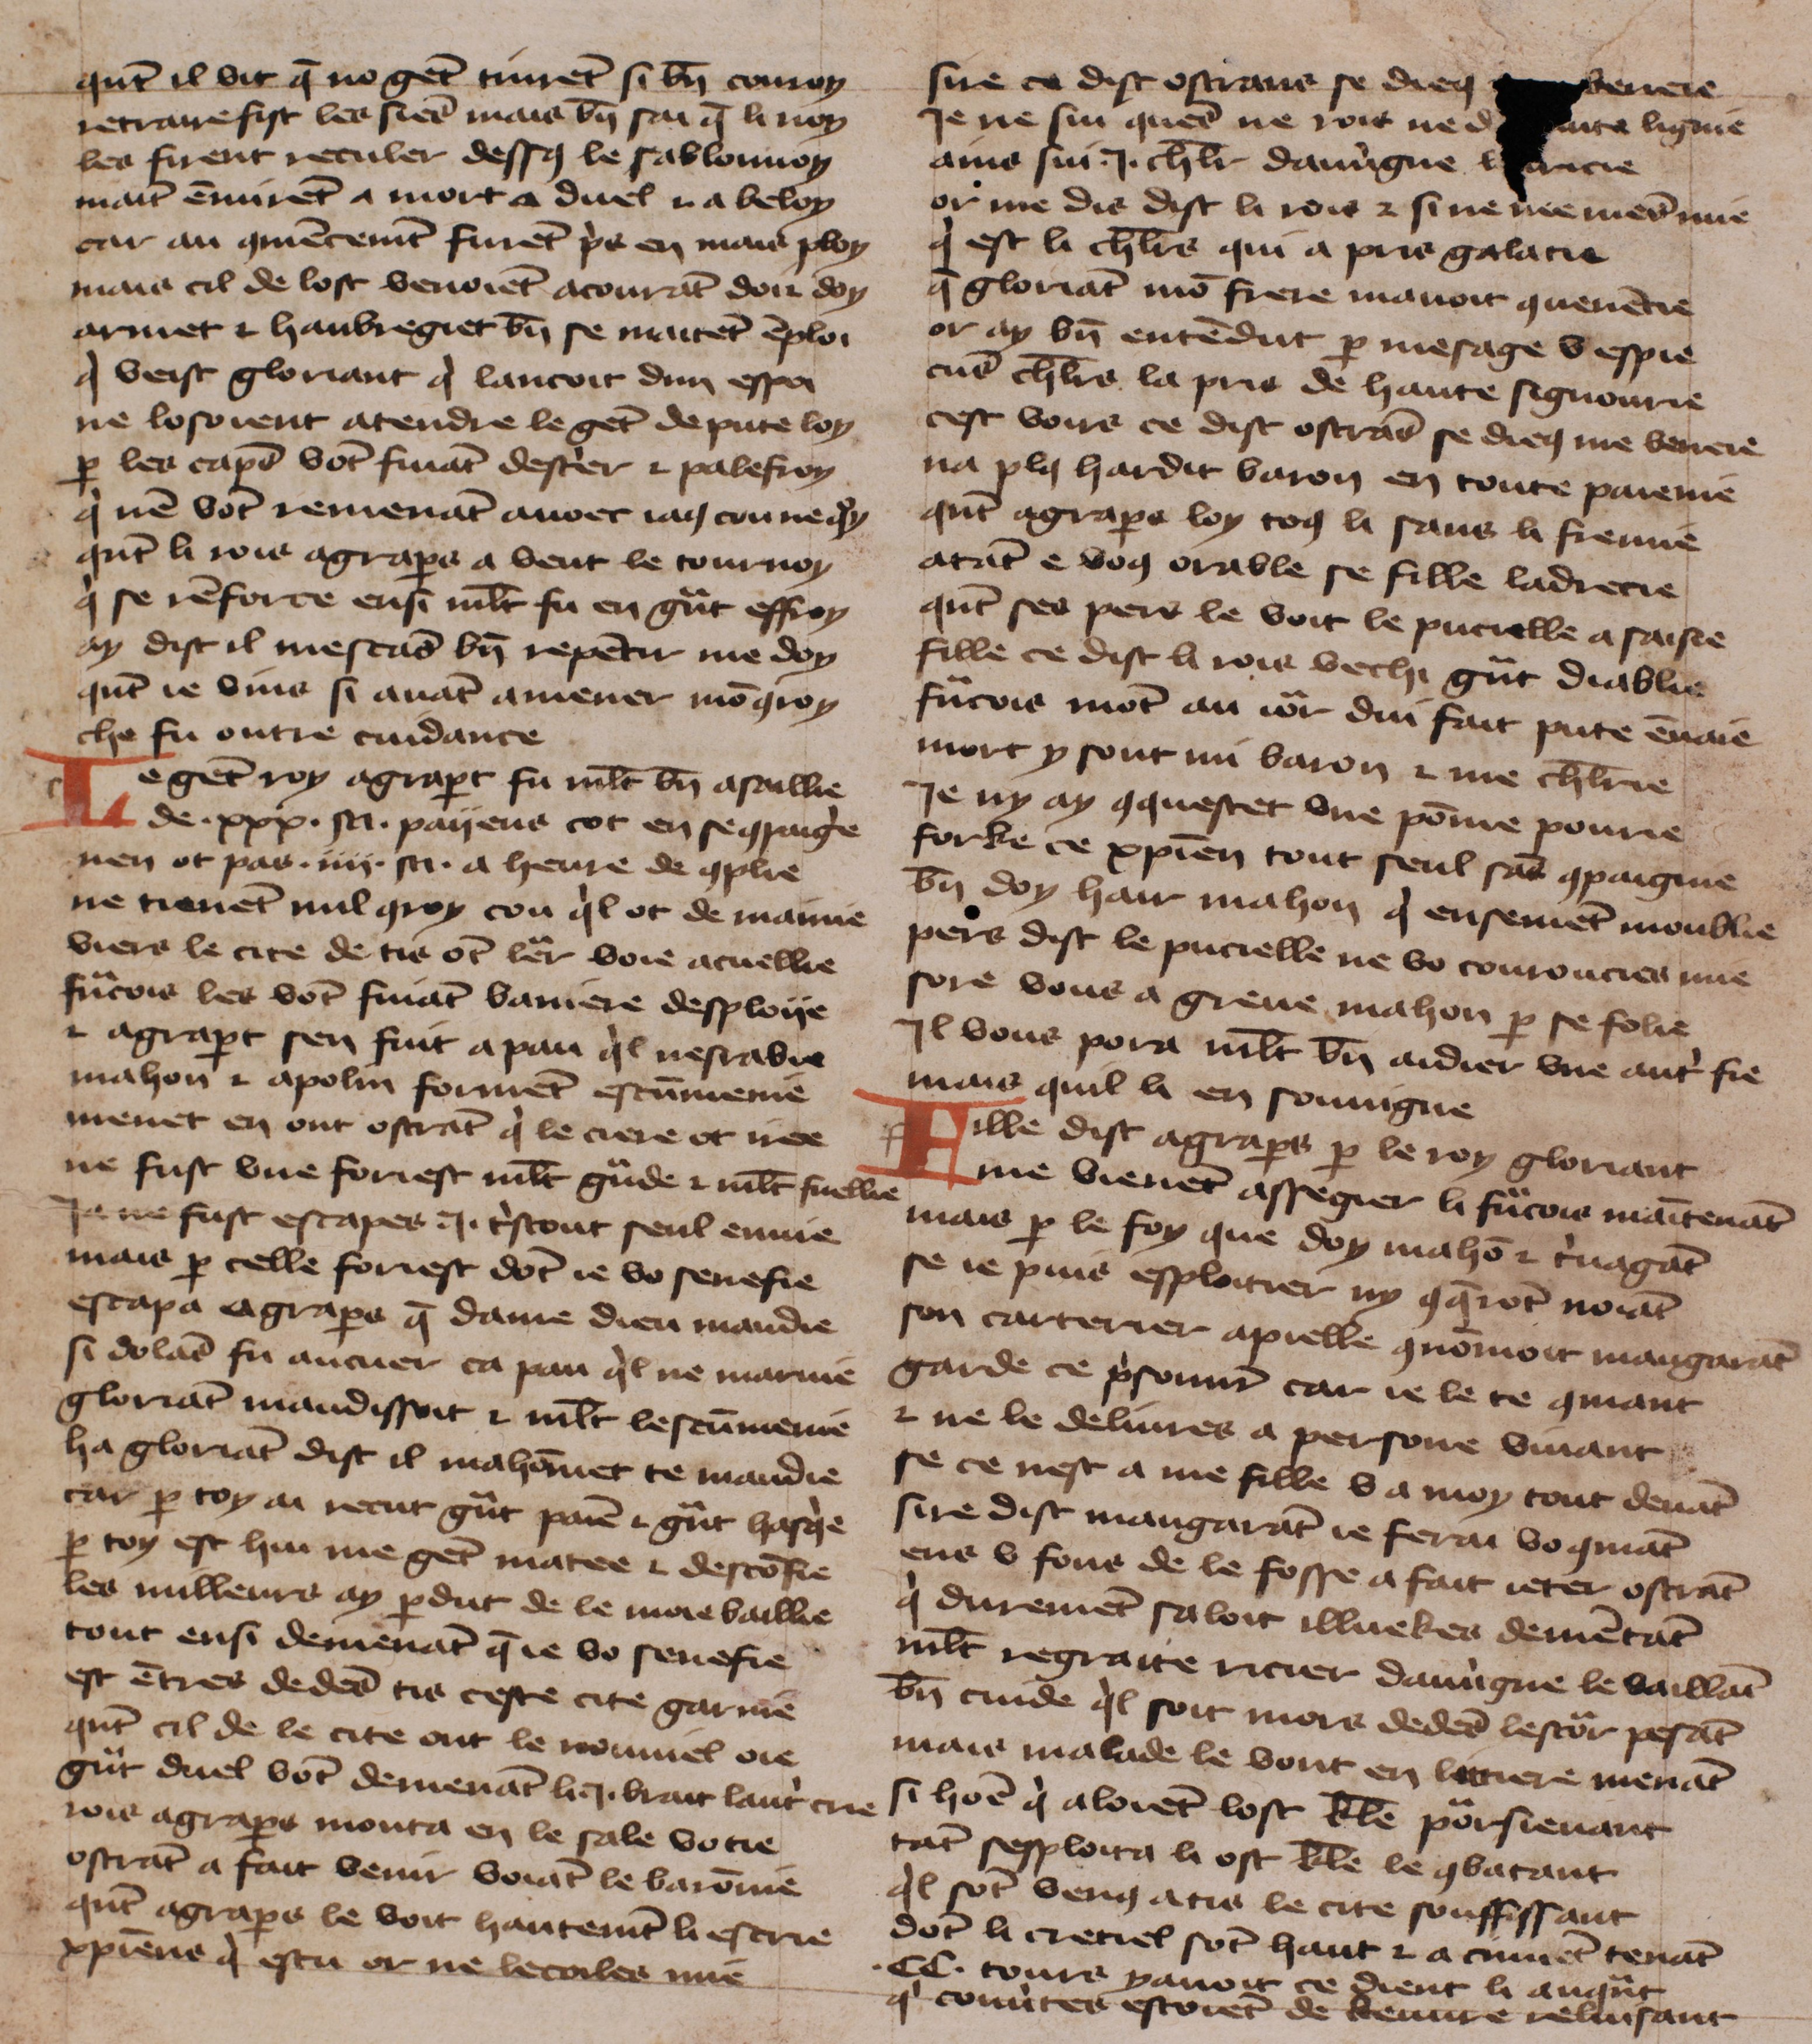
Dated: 1425–1425